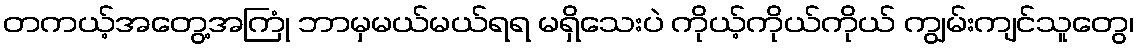
တကယ့်အတွေ့အကြုံ ဘာမှမယ်မယ်ရရ မရှိသေးပဲ ကိုယ့်ကိုယ်ကိုယ် ကျွမ်းကျင်သူတွေ၊